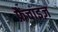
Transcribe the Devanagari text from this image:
फ्रैंचाइज़